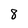
Character: 8